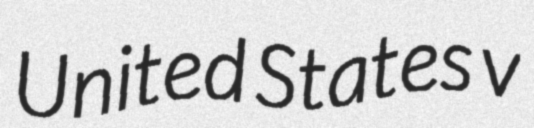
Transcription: United States v